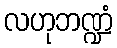
လဟုဘဏ္ဍံ